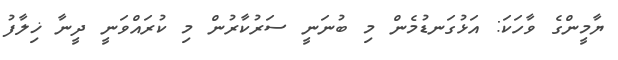
ޔާމީންގެ ވާހަކަ: އަޅުގަނޑުމެން މި ބުނަނީ ސަރުކާރުން މި ކުރައްވަނީ ދީނާ ޚިލާފު